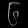
Digit: ၆